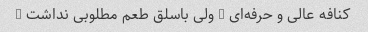
کنافه عالی و حرفه‌ای … ولی باسلق طعم مطلوبی نداشت …